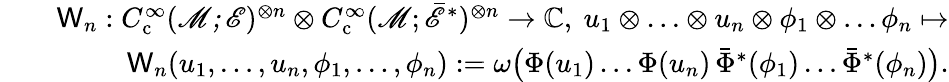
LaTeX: \begin{array}{rlr}&{}&{\mathsf{W}_{n}:C_{\mathrm{c}}^{\infty}(\mathscr{M;E})^{\otimes n}\otimes C_{\mathrm{c}}^{\infty}(\mathscr{M};\bar{\mathscr{E}}^{*})^{\otimes n}\to\mathbb{C},~u_{1}\otimes\ldots\otimes u_{n}\otimes\phi_{1}\otimes\ldots\phi_{n}\mapsto}\\ &{}&{\mathsf{W}_{n}(u_{1},\ldots,u_{n},\phi_{1},\ldots,\phi_{n}):=\omega\big(\Phi(u_{1})\ldots\Phi(u_{n})\, \bar{\Phi}^{*}(\phi_{1})\ldots\bar{\Phi}^{*}(\phi_{n})\big).}\end{array}